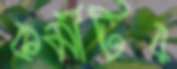
কর্মীটির